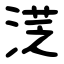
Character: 㴀